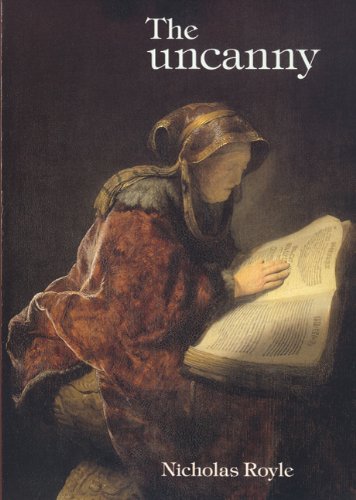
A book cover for The uncanny: An introduction; Nicholas Royal; Gay & Lesbian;